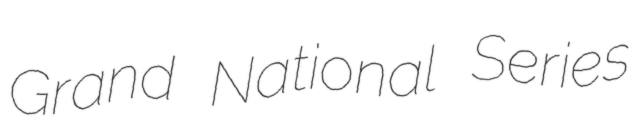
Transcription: Grand National Series